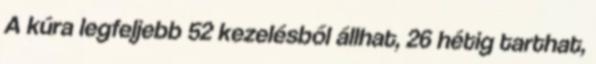
A kúra legfeljebb 52 kezelésből állhat, 26 hétig tarthat,